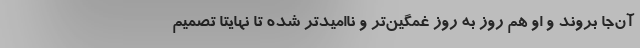
آن‌جا بروند و او هم روز به روز غمگین‌تر و ناامیدتر شده تا نهایتا تصمیم